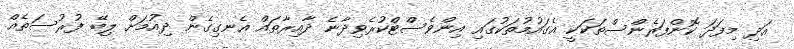
އަދި މިފަދަ ކޮންފަރެންސްތަކަކީ އެގައުމުތަކުގައި އިންވެސްޓްކުރެވިދާނެ ދާއިރާތައް އެނގިގެން ދިއުމަށް ލިބޭ ފުރުސަތެއް